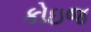
કોઇજ